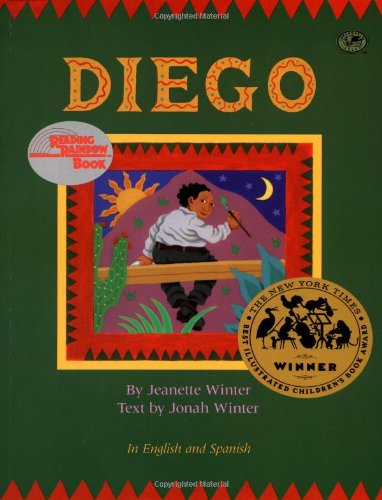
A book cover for Diego; Jonah Winter; Children's Books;